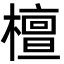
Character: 檀